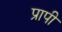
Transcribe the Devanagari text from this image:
प्रापी